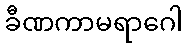
ခီဏကာမရာဂေါ